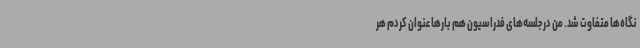
نگاه‌ها متفاوت شد. من در جلسه‌های فدراسیون هم بارها عنوان کردم هر